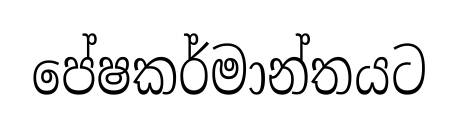
පේෂකර්මාන්තයට